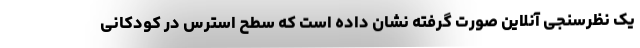
یک نظرسنجی آنلاین صورت گرفته نشان داده است که سطح استرس در کودکانی